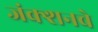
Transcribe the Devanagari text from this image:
जंक्शनचे